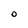
Character: O